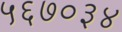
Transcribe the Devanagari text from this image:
५६७०३४